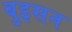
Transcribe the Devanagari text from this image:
बुइसन